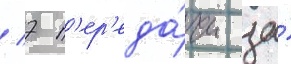
/ 7 п'ер'еда́чи за́